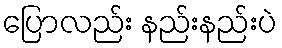
ပြောလည်း နည်းနည်းပဲ